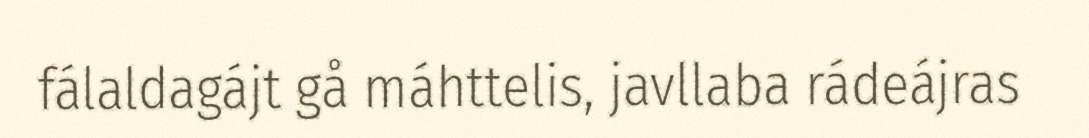
fálaldagájt gå máhttelis, javllaba rádeájras